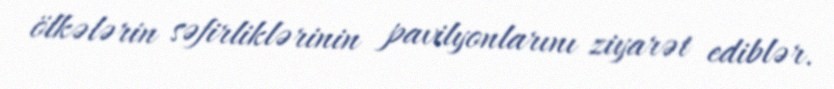
ölkələrin səfirliklərinin pavilyonlarını ziyarət ediblər.